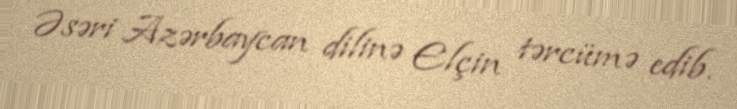
Əsəri Azərbaycan dilinə Elçin tərcümə edib.